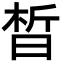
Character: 晳